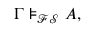
\Gamma \models _ { \mathcal { F S } } A ,